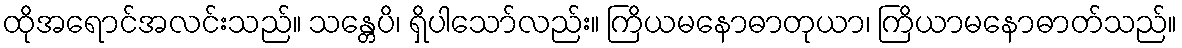
ထိုအရောင်အလင်းသည်။ သန္တေပိ၊ ရှိပါသော်လည်း။ ကြိယမနောဓာတုယာ၊ ကြိယာမနောဓာတ်သည်။